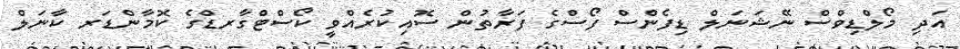
އަދި މޯލްޑިވްސް ނޭޝަނަލް ޑިފެންސް ފޯސްގެ ފަރާތުން ސޮއިކުރެއްވީ ކޯސްޓްގާރޑްގެ ކޮމާންޑަރ ކާނަލް